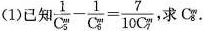
(1)已知$$ \frac{1}{C_{ 5} ^ { m}}- \frac{1}{C_{ 5 } ^ { m }} = \frac{7}{10C_{ 7 } ^ { m }}$$ ,求C_{ 8 } ^ { m } .